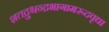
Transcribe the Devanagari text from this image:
शतद्रुश्चन्द्रभागामरूदवृधा